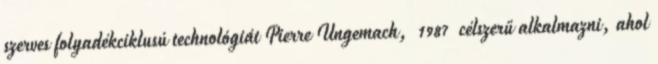
szerves folyadékciklusú technológiát Pierre Ungemach, 1987 célszerű alkalmazni, ahol